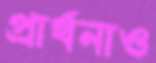
প্রার্থনাও